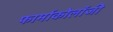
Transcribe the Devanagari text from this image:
फार्माकोलॉजी